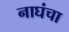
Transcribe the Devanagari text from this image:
नाघंचा